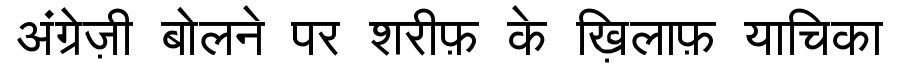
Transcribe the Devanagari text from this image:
अंग्रेज़ी बोलने पर शरीफ़ के ख़िलाफ़ याचिका